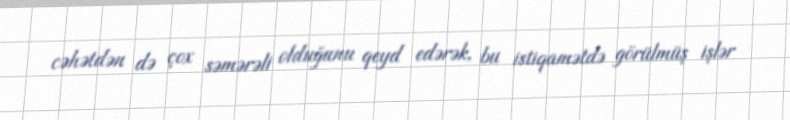
cəhətdən də çox səmərəli olduğunu qeyd edərək, bu istiqamətdə görülmüş işlər